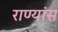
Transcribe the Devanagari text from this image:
राण्यांस